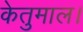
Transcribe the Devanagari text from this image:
केतुमाल।